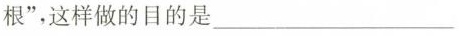
根”，这样做的目的是 ___